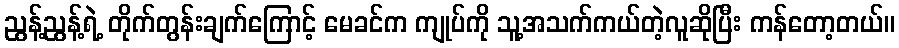
ညွန့်ညွန့်ရဲ့ တိုက်တွန်းချက်ကြောင့် မေခင်က ကျုပ်ကို သူ့အသက်ကယ်တဲ့လူဆိုပြီး ကန်တော့တယ်။